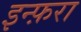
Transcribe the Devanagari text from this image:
इन्फ़रा